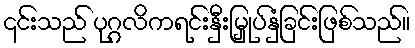
၎င်းသည် ပုဂ္ဂလိကရင်းနှီးမြှုပ်နှံခြင်းဖြစ်သည်။